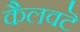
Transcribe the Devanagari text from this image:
कैलवटॆ